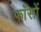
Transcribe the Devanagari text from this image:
फाँसों